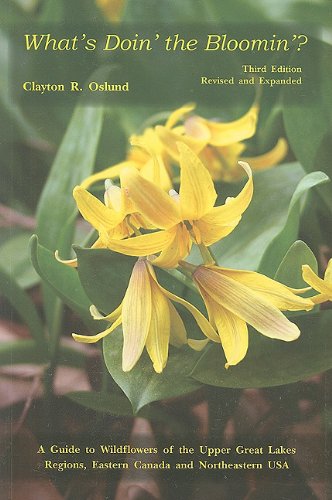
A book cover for What's Doin' the Bloomin'?: A Guide to Wildflowers of the Upper Great Lakes Regions, Eastern Canada And Northeastern USA; Clayton R. Oslund; Crafts, Hobbies & Home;